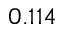
0 . 1 1 4